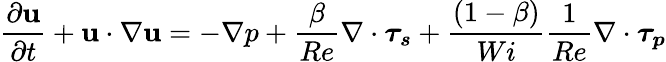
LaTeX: \frac{\partial{\textbf{u}}}{\partial{t}}+\textbf{u}\cdot\nabla{\textbf{u}}=-\nabla{p}+\frac{\beta}{Re}\nabla\cdot\boldsymbol{\tau_{s}}+\frac{(1-\beta)}{Wi}\frac{1}{Re}\nabla\cdot\boldsymbol{\tau_{p}}